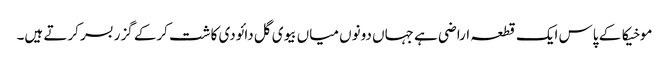
موخیکا کے پاس ایک قطعہ اراضی ہے جہاں دونوں میاں بیوی گل دائودی کاشت کرکے گزر بسر کرتے ہیں۔